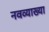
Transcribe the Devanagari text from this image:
नवव्याख्या